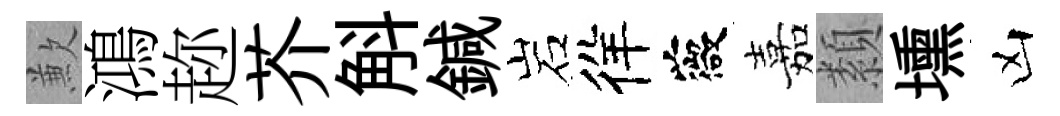
歉鴻趂芥斛鍼岩徉薇嘉纇壎凶